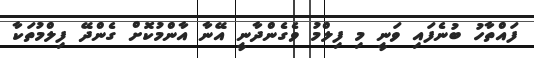
ފައްތާހު ބުނެފައި ވަނީ މި ފިލްމު ވެގެންދާނީ އޭނާ އާންމުކޮށް ގެންދޭ ފިލްމުތަކާ